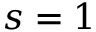
s = 1